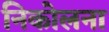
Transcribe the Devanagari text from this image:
निकोलना